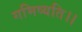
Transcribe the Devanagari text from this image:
गमिष्यति।।